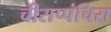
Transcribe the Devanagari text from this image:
चीराप्पंचिरा